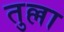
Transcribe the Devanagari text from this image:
तुल्ला